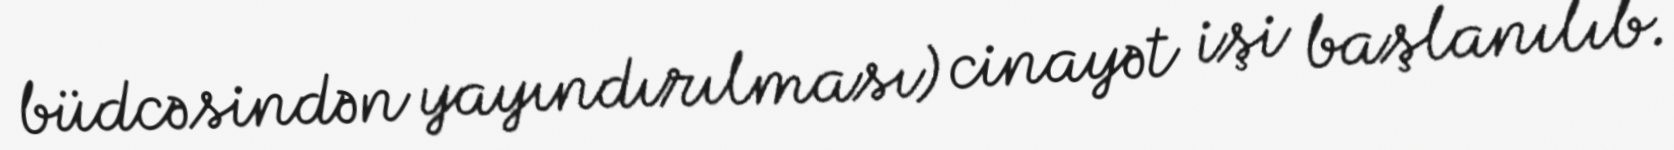
büdcəsindən yayındırılması) cinayət işi başlanılıb.